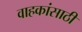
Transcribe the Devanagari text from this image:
वाहकांसाठी